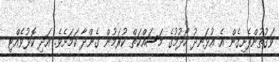
ވަގުތުންފެށިގެން އެ އުޅަނދު ހޯދުމުގެ މަސައްކަތް ކުރަމުން ގެންދާ ކަމަށެވެ. އަދި ކޮޅުވެއްޓި